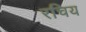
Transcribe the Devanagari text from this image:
रचिय